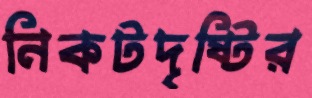
নিকটদৃষ্টির